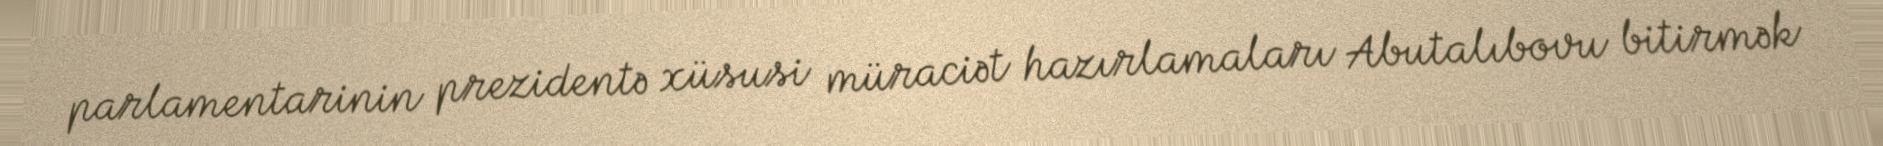
parlamentarinin prezidentə xüsusi müraciət hazırlamaları Abutalıbovu bitirmək